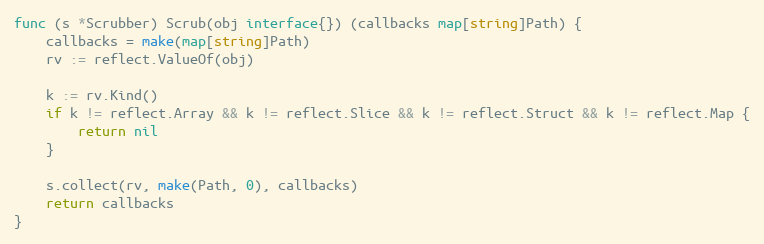
Language: Go
func (s *Scrubber) Scrub(obj interface{}) (callbacks map[string]Path) {
	callbacks = make(map[string]Path)
	rv := reflect.ValueOf(obj)

	k := rv.Kind()
	if k != reflect.Array && k != reflect.Slice && k != reflect.Struct && k != reflect.Map {
		return nil
	}

	s.collect(rv, make(Path, 0), callbacks)
	return callbacks
}